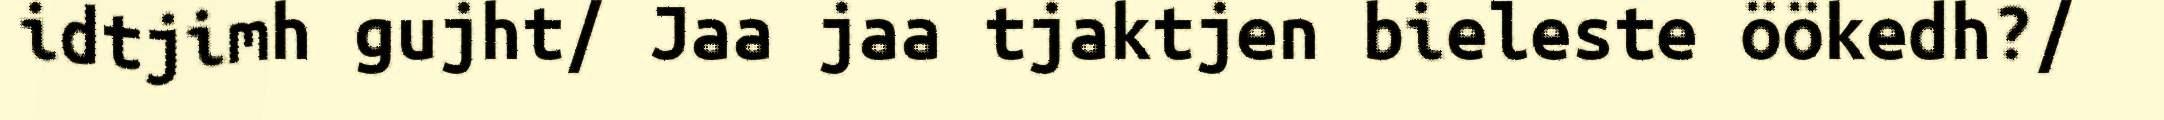
idtjimh gujht/ Jaa jaa tjaktjen bieleste öökedh?/